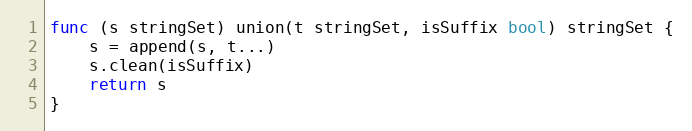
Language: Go
func (s stringSet) union(t stringSet, isSuffix bool) stringSet {
	s = append(s, t...)
	s.clean(isSuffix)
	return s
}